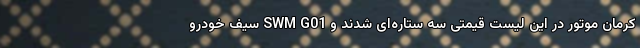
کرمان موتور در این لیست قیمتی سه ستاره‌ای شدند و SWM G01 سیف خودرو